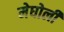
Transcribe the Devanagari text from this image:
मेघोली